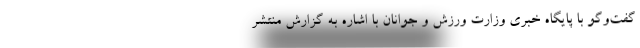
گفت‌وگو با پایگاه خبری وزارت ورزش و جوانان با اشاره به گزارش منتشر